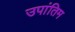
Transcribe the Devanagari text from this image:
उपांतिम